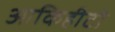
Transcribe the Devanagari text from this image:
आकिहीटो